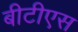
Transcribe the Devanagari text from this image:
बीटीएस